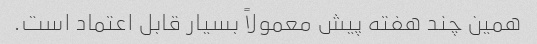
همین چند هفته پیش معمولاً بسیار قابل اعتماد است.